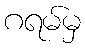
ဂရမ်မှ